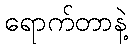
ရောက်တာနဲ့